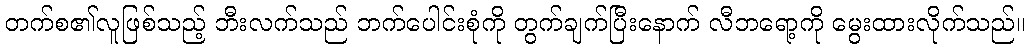
တက်စ၏လူဖြစ်သည့် ဘီးလက်သည် ဘက်ပေါင်းစုံကို တွက်ချက်ပြီးနောက် လီဘရော့ကို မွေးထားလိုက်သည်။